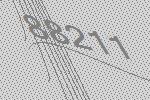
88211